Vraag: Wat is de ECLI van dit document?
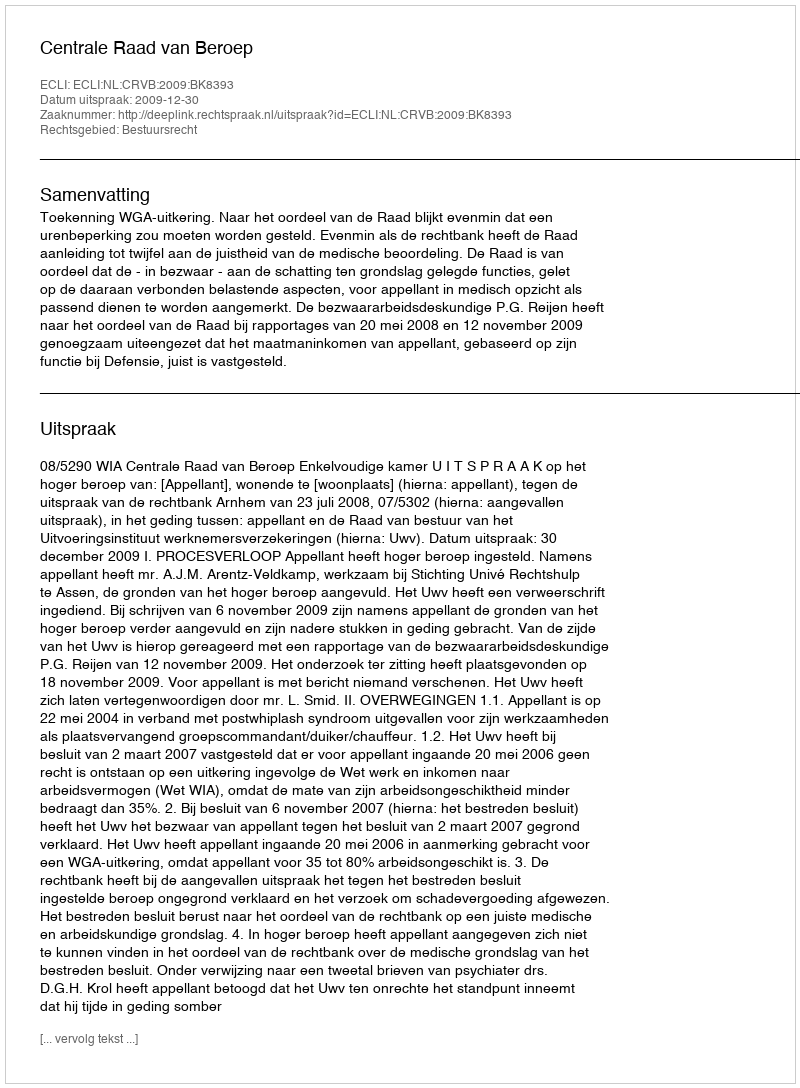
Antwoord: ECLI:NL:CRVB:2009:BK8393